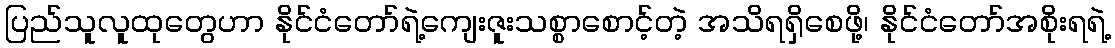
ပြည်သူလူထုတွေဟာ နိုင်ငံတော်ရဲ့ကျေးဇူးသစ္စာစောင့်တဲ့ အသိရရှိစေဖို့၊ နိုင်ငံတော်အစိုးရရဲ့